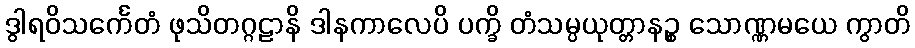
ဒွါရဝိသင်္ကေတံ ဖုသိတဂ္ဂဠာနိ ဒါနကာလေပိ ပက္ခိ တံသမ္ပယုတ္တာနဉ္စ သောဏ္ဏမယေ ကွာတိ